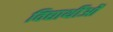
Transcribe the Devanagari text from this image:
विद्यार्थीओं